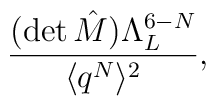
\frac{(\mbox{det}\, \hat{M}) \Lambda_{L}^{6-N}}{\langle q^{N} \rangle^{2}},